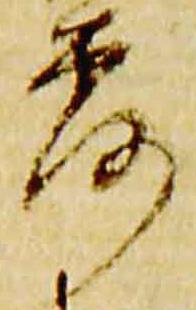
露